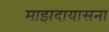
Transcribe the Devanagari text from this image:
माझदायासना